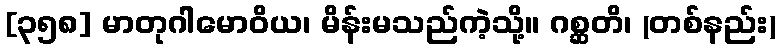
[၃၅၈] မာတုဂါမောဝိယ၊ မိန်းမသည်ကဲ့သို့။ ဂစ္ဆတိ၊ (တစ်နည်း)